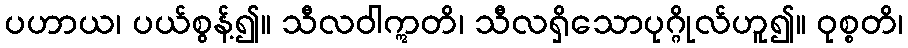
ပဟာယ၊ ပယ်စွန့်၍။ သီလဝါဣတိ၊ သီလရှိသောပုဂ္ဂိုလ်ဟူ၍။ ဝုစ္စတိ၊